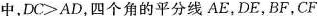
中，$$D C ≥ A D$$，四个角的平分线AE，DE，BF，CF